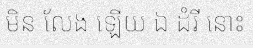
មិន លែង ឡើយ ឯ ដំរី នោះ